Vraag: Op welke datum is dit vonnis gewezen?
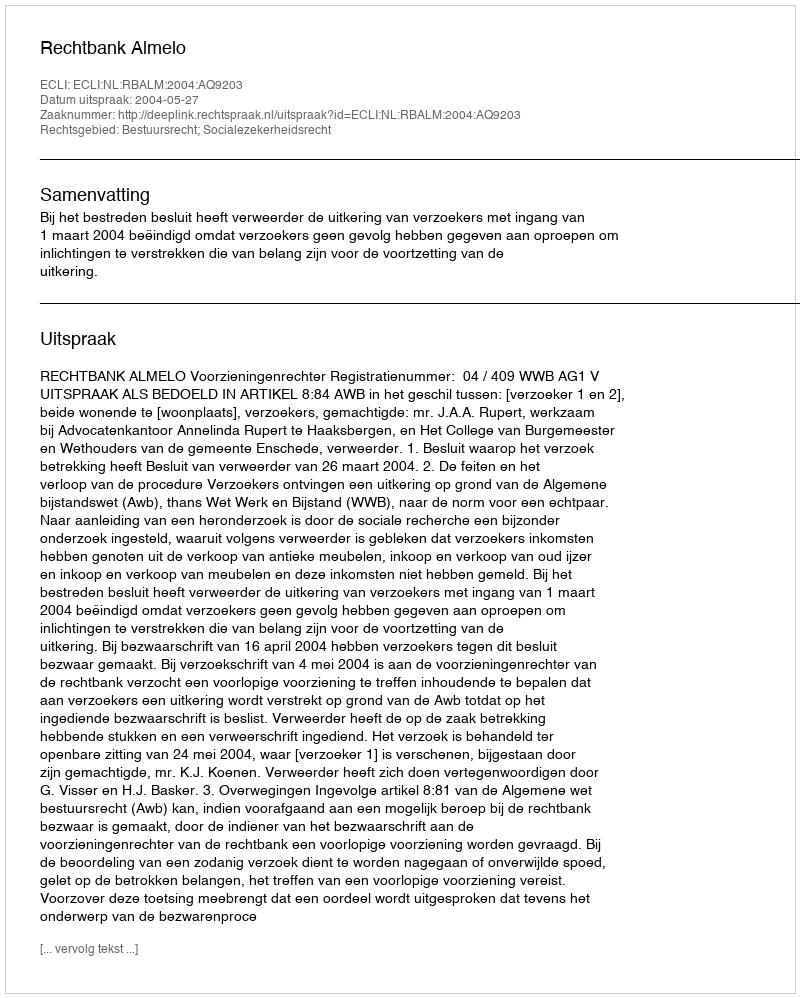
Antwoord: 2004-05-27